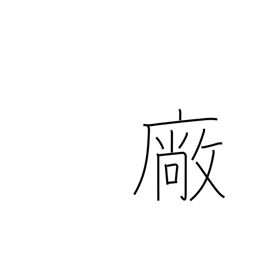
Meaning: workshop